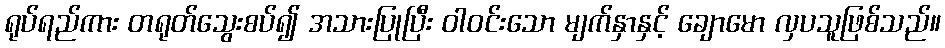
ရုပ်ရည်ကား တရုတ်သွေးစပ်၍ အသားပြုပြီး ဝါဝင်းသော မျက်နှာနှင့် ချောမော လှပသူဖြစ်သည်။